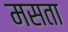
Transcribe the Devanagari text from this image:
मसता